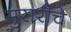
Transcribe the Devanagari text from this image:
मुरारीचे